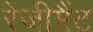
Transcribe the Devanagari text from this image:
रेजीमैंट